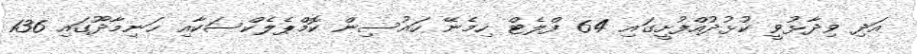
އަދި ވިދާޅުވީ ކުޅުދުއްފުށީގައި 64 ފްލެޓް ހިމެނޭ ހައުސިން ކޮމްޕެލެކްސަކާއި ހަނިމާދޫގައި 136